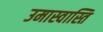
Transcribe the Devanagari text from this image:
उमास्वास्ति